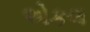
એકલ